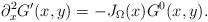
LaTeX: \begin{align*}\partial^2_x G'(x,y) = - J_\Omega(x) G^0(x,y).\end{align*}